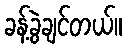
ခန့်ခွဲချင်တယ်။